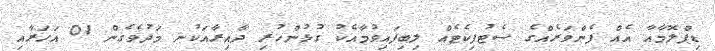
ޑިޕްލޮމާއާ އެއް ފެންވަރެއްގެ ސެޓުފިކެޓެއް ލިބިފައިވުމާއެކު ގުޅުންހުރި ދާއިރާއަކުނ މަދުވެގެން 01 އަހަރާއި